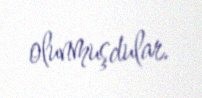
olunmuşdular.